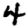
Digit: 4